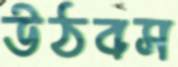
উঠবস